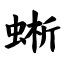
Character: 蜥